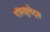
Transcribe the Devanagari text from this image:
पॉस्ट्युलेट्स